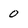
Character: 0